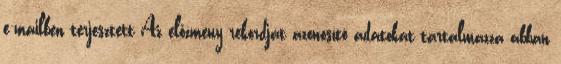
e-mailben terjesztett Az előzmény rekordját azonosító adatokat tartalmazza abban